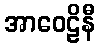
အာဝေဠိနီ